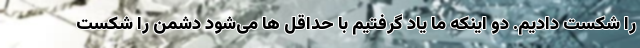
را شکست دادیم. دو اینکه ما یاد گرفتیم با حداقل ها می‌شود دشمن را شکست